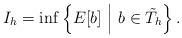
LaTeX: \begin{align*}I_h=\inf \left\{E[b]\ \middle|\ b\in \tilde{T}_h \right\}. \end{align*}